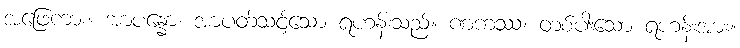
အဖြေကား။ အာပန္နော၊ အာပတ်သင့်သော ရဟန်းသည်။ ဏကဿ၊ တစ်ပါးသော ရဟန်းအား။